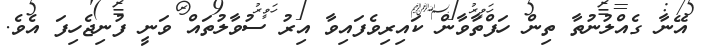
އޭނާ ގެއްލުނުތާ ތިން ހަފްތާވާން ކައިރިވެފައިވާ އިރު ސުވާލުތައް ވަނީ ފުނިޖެހިފަ އެވެ.